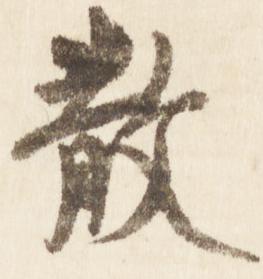
散